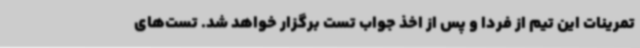
تمرینات این تیم از فردا و پس از اخذ جواب تست برگزار خواهد شد. تست‌های